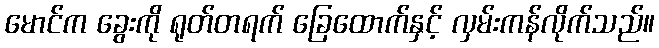
မောင်က ခွေးကို ရုတ်တရက် ခြေထောက်နှင့် လှမ်းကန်လိုက်သည်။